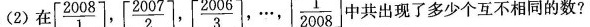
(2) 在 [ \frac{2008}{1} ] , [ \frac{2007}{2} ] , [ \frac{2006}{3} ] ， … ，[ \frac{1}{2008} ] 中共出现了多少个互不相同的数?